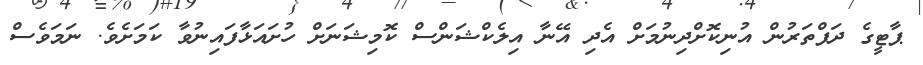
ޕާޓީގެ ދަފްތަރުން އުނިކޮށްދިނުމަށް އެދި އޭނާ އިލެކްޝަންސް ކޮމިޝަނަށް ހުށައަޅާފައިނުވާ ކަމަށެވެ. ނަމަވެސް